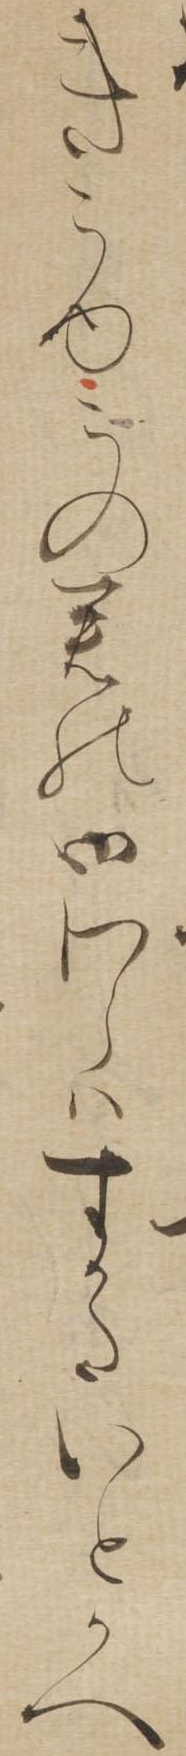
きこゆこの君の御わらはすかたいとかへ